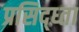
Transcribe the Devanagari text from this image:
प्रसिद्ध्ता